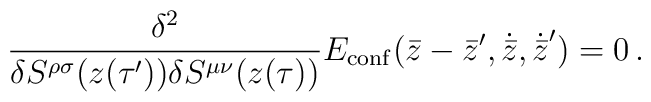
{\delta^2 \over \delta S^{\rho \sigma}(z(\tau^\prime))       \delta S^{\mu \nu}(z(\tau))} E_{\rm conf}        (\bar z - \bar z^\prime,         \dot{\bar z}, \dot{\bar z} ^\prime ) = 0 \, .